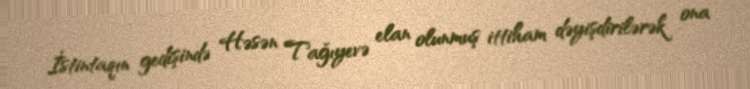
İstintaqın gedişində Həsən Tağıyevə elan olunmuş ittiham dəyişdirilərək ona